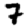
Digit: 7